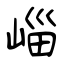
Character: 崰